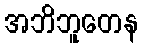
အဘိဘူတေန